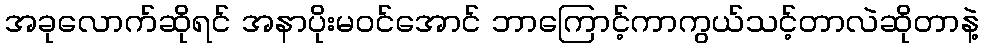
အခုလောက်ဆိုရင် အနာပိုးမဝင်အောင် ဘာကြောင့်ကာကွယ်သင့်တာလဲဆိုတာနဲ့